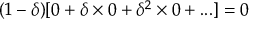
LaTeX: ( 1 - \delta ) [ 0 + \delta \times 0 + \delta ^ { 2 } \times 0 + . . . ] = 0